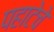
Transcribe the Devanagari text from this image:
पहाटेचे